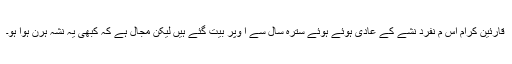
قارئین کرام اِس م نفرد نشے کے عادی ہوئے ہوئے سترہ سال سے ا وپر بیت گئے ہیں لیکن مجال ہے کہ کبھی یہ نشہ ہرن ہوا ہو۔